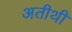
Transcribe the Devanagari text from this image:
अतीथी